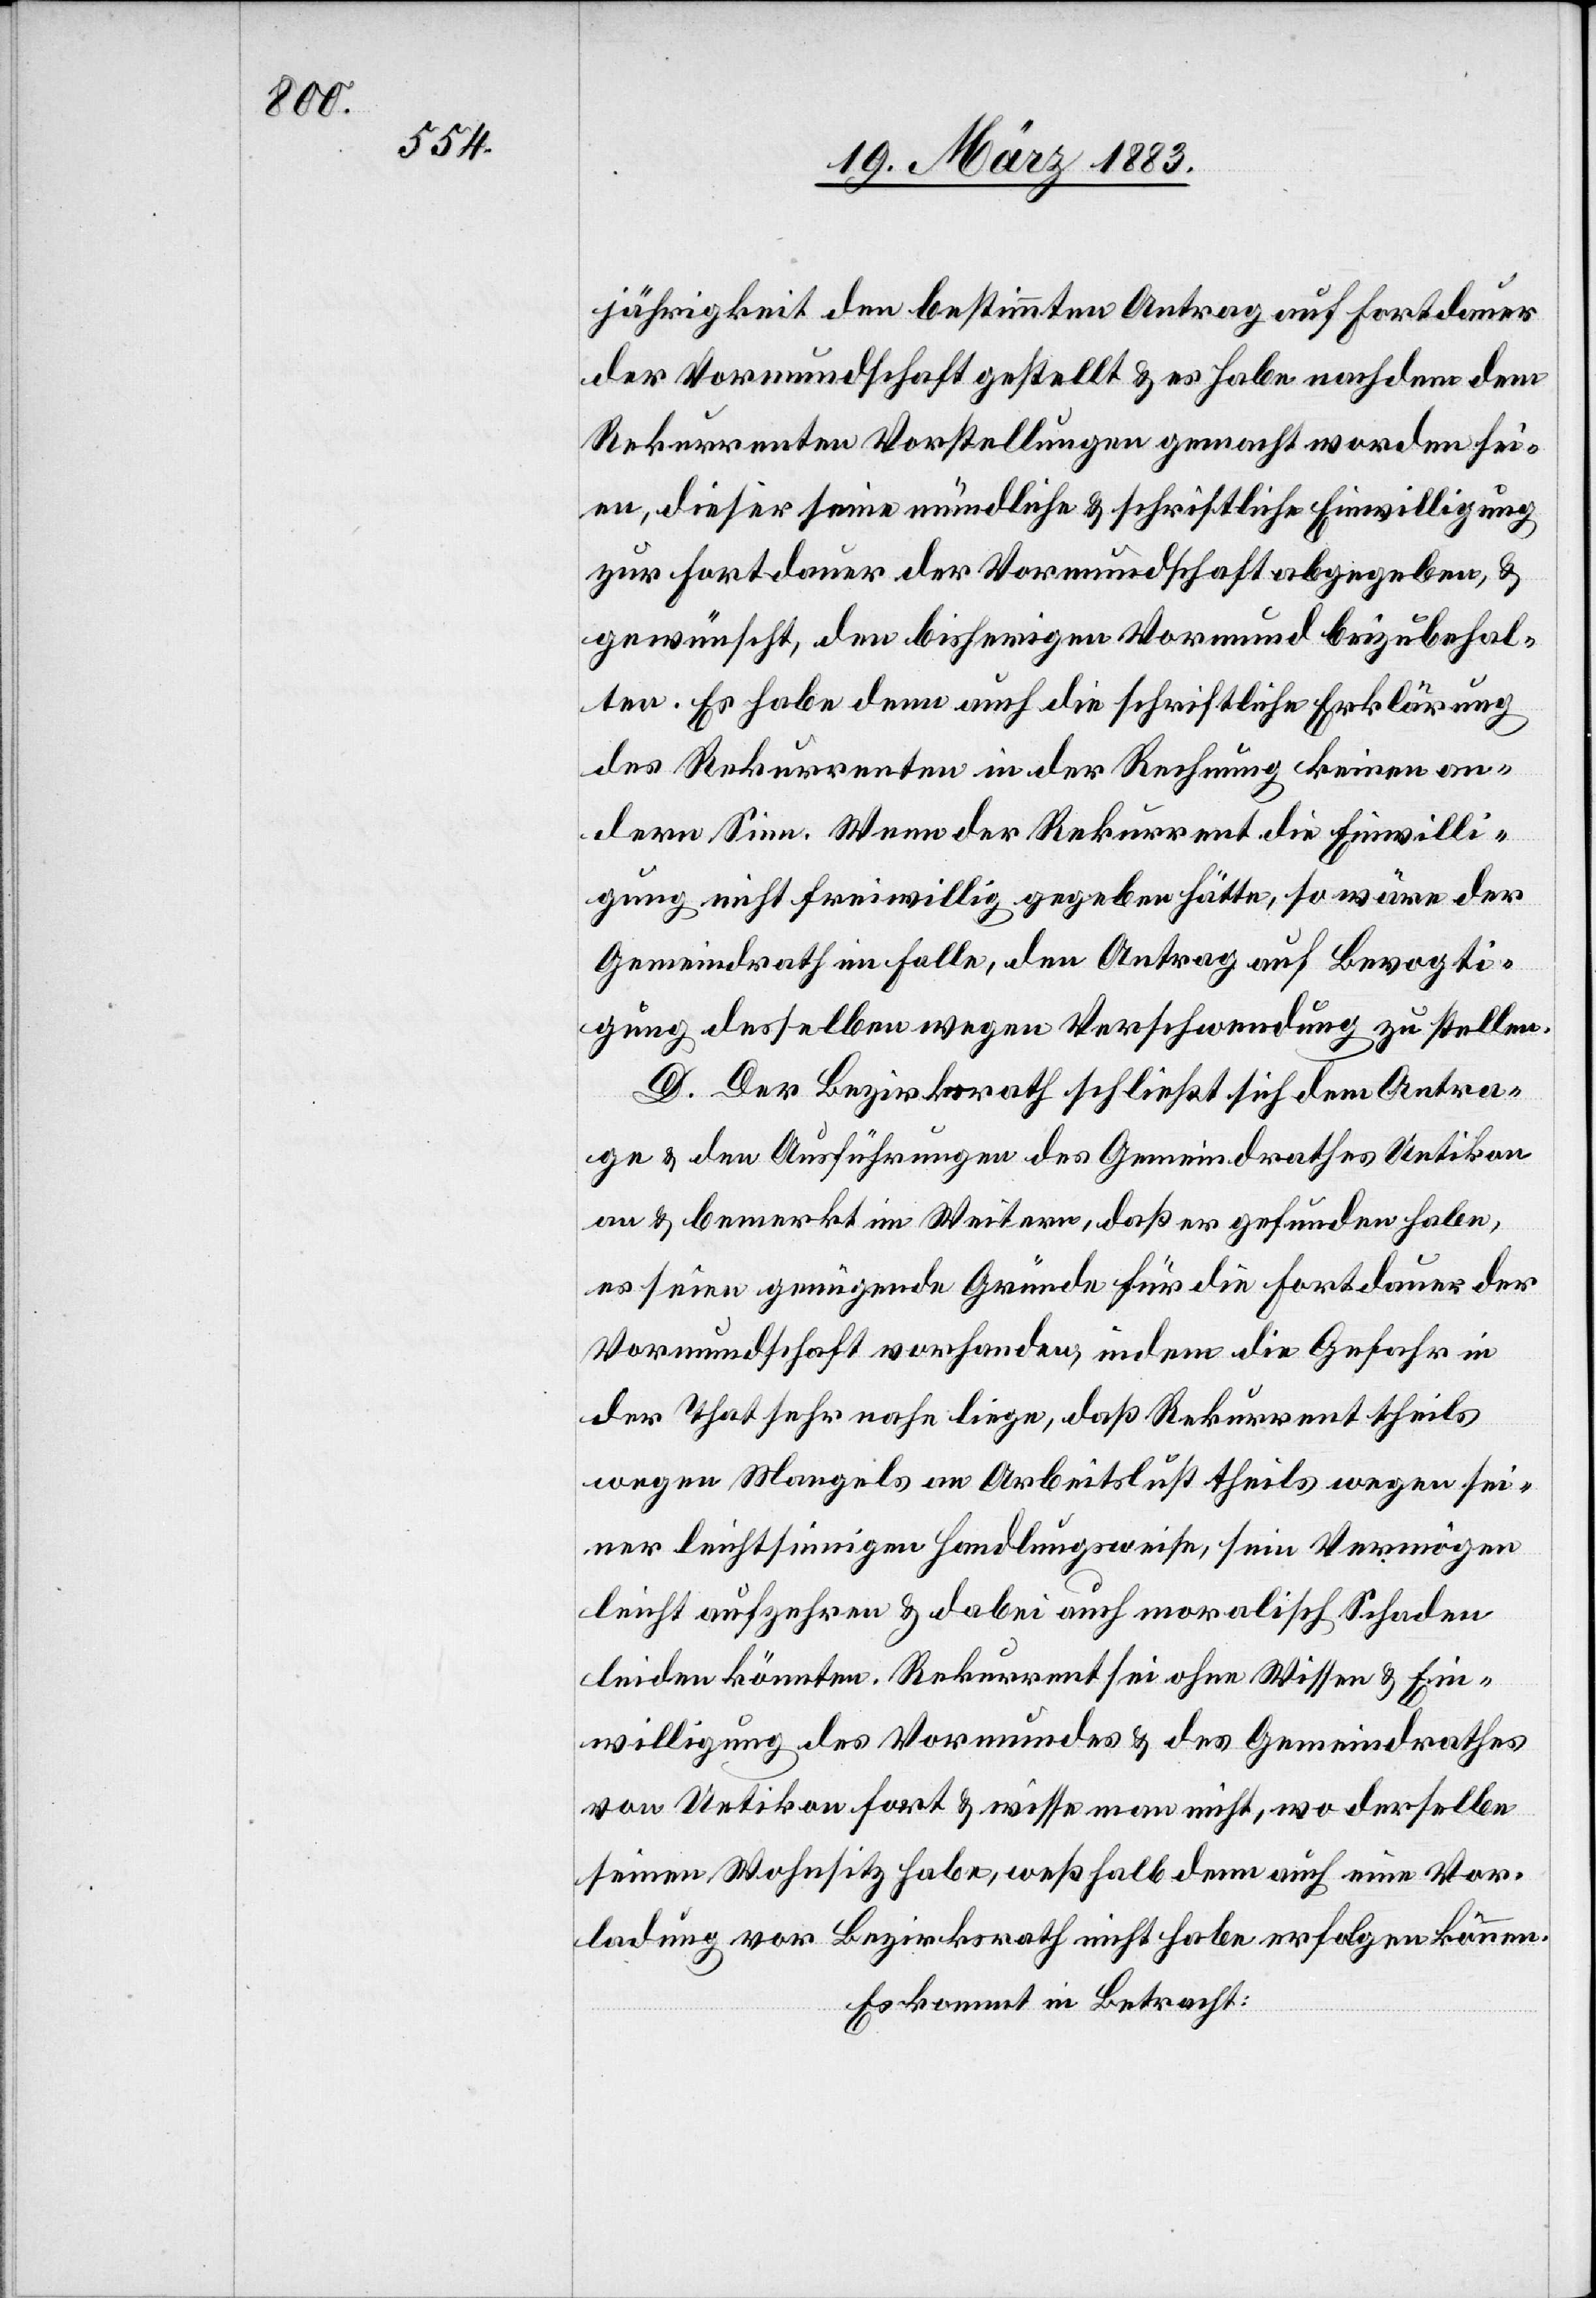
jährigkeit den bestimmten Antrag auf Fortdauer
der Vormundschaft gestellt & es habe nachdem dem
Rekurrenten Vorstellungen gemacht worden sei¬
en, dieser seine mündliche & schriftliche Einwilligung
zur Fortdauer der Vormundschaft abgegeben, &
gewünscht, den bisherigen Vormund beizubehal¬
ten. Es habe denn auch die schriftliche Erklärung
des Rekurrenten in der Rechnung keinen an¬
dern Sinn. Wenn der Rekurrent die Einwilli¬
gung nicht freiwillig gegeben hätte, so wäre der
Gemeindrath im Falle, den Antrag auf Bevogti¬
gung desselben wegen Verschwendung zu stellen.
D. Der Bezirksrath schließt sich dem Antra¬
ge & den Ausführungen des Gemeindrathes Uetikon
an & bemerkt im Weitern, daß er gefunden habe,
es seien genügende Gründe für die Fortdauer der
Vormundschaft vorhanden, indem die Gefahr in
der That sehr nahe liege, daß Rekurrent theils
wegen Mangels an Arbeitslust theils wegen sei¬
ner leichtsinnigen Handlungsweise, sein Vermögen
leicht aufzehren & dabei auch moralisch Schaden
leiden könnte. Rekurrent sei ohne Wissen & Ein¬
willigung des Vormundes & des Gemeindrathes
von Uetikon fort & wisse man nicht, wo derselbe
seinen Wohnsitz habe, weßhalb denn auch eine Vor¬
ladung vor Bezirksrath nicht habe erfolgen können.
Es kommt in Betracht: